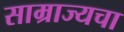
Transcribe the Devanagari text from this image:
साम्राज्यचा